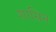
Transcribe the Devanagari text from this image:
शासिन